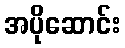
အပိုဆောင်း